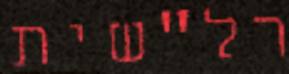
רל"שית